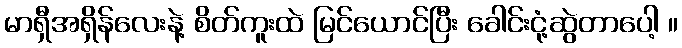
မာရှီအရှိန်လေးနဲ့ စိတ်ကူးထဲ မြင်ယောင်ပြီး ခေါင်းငုံ့ဆွဲတာပေါ့ ။